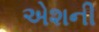
એશની